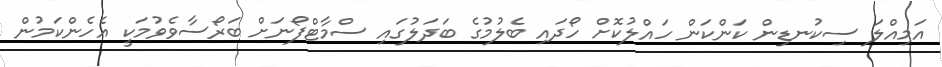
އަމިއްލަ ސިކުނޑިން ކަންކަން ހައްލުކޮށް ހޯދައި ބެލުމުގެ ބަދަލުގައި ސްމާޓްފޯނަށް ބަރޯސާވެވުމަކީ އެހެންކަމުން